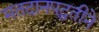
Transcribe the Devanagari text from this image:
मतदानपद्धतीने